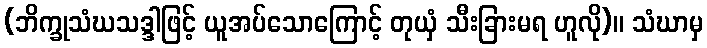
(ဘိက္ခုသံဃသဒ္ဒါဖြင့် ယူအပ်သောကြောင့် တုယှံ သီးခြားမရ ဟူလို)။ သံဃာမှ